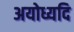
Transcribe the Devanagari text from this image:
अयोध्यदि